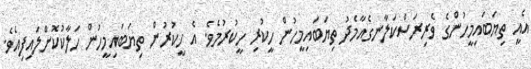
އެއީ ތިޔަބައިމީހުންގެ ވެރިރަސްކަލާނގެއާމެދު ތިޔަބައިމީހުން ހީކުރި ހީކުރުމެވެ. އެ ހީކުރުން ތިޔަބައިމީހުން ހަލާކުކޮށްލައިފިއެވެ.